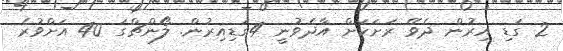
2 ގަޑި އިރުން ދެވޭ ރަށަކަށް އާދެވުނީ 4ގަޑިއިރުން. ލޯންޗްގަ 40 އަށްވުރެ